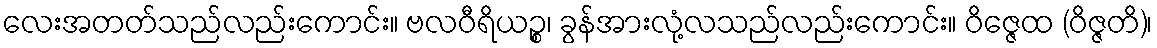
လေးအတတ်သည်လည်းကောင်း။ ဗလဝီရိယဉ္စ၊ ခွန်အားလုံ့လသည်လည်းကောင်း။ ဝိဇ္ဇေထ (ဝိဇ္ဇတိ)၊